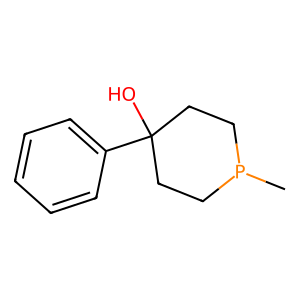
SMILES: CP1CCC(O)(c2ccccc2)CC1
Inhibits HIV replication: No